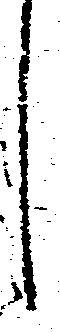
々